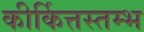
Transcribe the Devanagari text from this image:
कीर्कित्तस्तम्भ